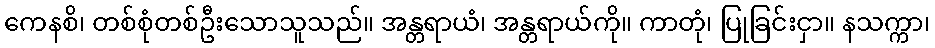
ကေနစိ၊ တစ်စုံတစ်ဦးသောသူသည်။ အန္တရာယံ၊ အန္တရာယ်ကို။ ကာတုံ၊ ပြုခြင်းငှာ။ နသက္ကာ၊